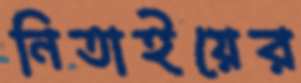
নিতাইয়ের